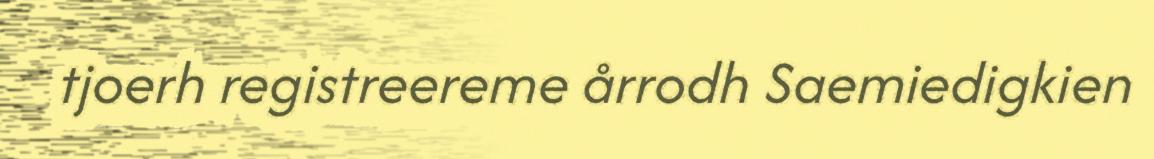
tjoerh registreereme årrodh Saemiedigkien